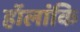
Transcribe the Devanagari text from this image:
हॉलांकि